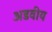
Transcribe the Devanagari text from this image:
अडवीय